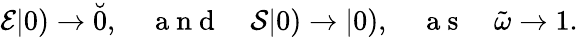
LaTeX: \begin{array}{r}{\mathcal{E}|0)\to\breve{0},\quad\mathrm{~a~n~d~}\quad\mathcal{S}|0)\to|0),\quad\mathrm{~a~s~}\quad\tilde{\omega}\to 1.}\end{array}